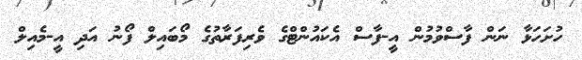
ހުށަހަޅާ ނަން ފާސްވުމުން އީ-ފާސް އެކައުންޓްގެ ވެރިފަރާތުގެ މޯބައިލް ފޯނު އަދި އީ-މެއިލް